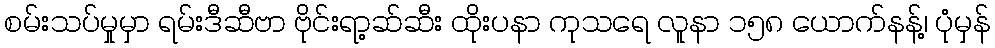
စမ်းသပ်မှုမှာ ရမ်းဒီဆီဗာ ဗိုင်းရာ့ဆ်ဆီး ထိုးပနာ ကုသရေ လူနာ ၁၅၈ ယောက်နန့်၊ ပုံမှန်